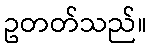
ဥတတ်သည်။